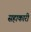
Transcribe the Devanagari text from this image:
सहाकारी